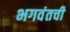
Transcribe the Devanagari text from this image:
भगवंतची